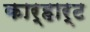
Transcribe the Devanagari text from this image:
कार्हार्ट